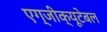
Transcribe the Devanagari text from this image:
एग्जीक्यूटेबल